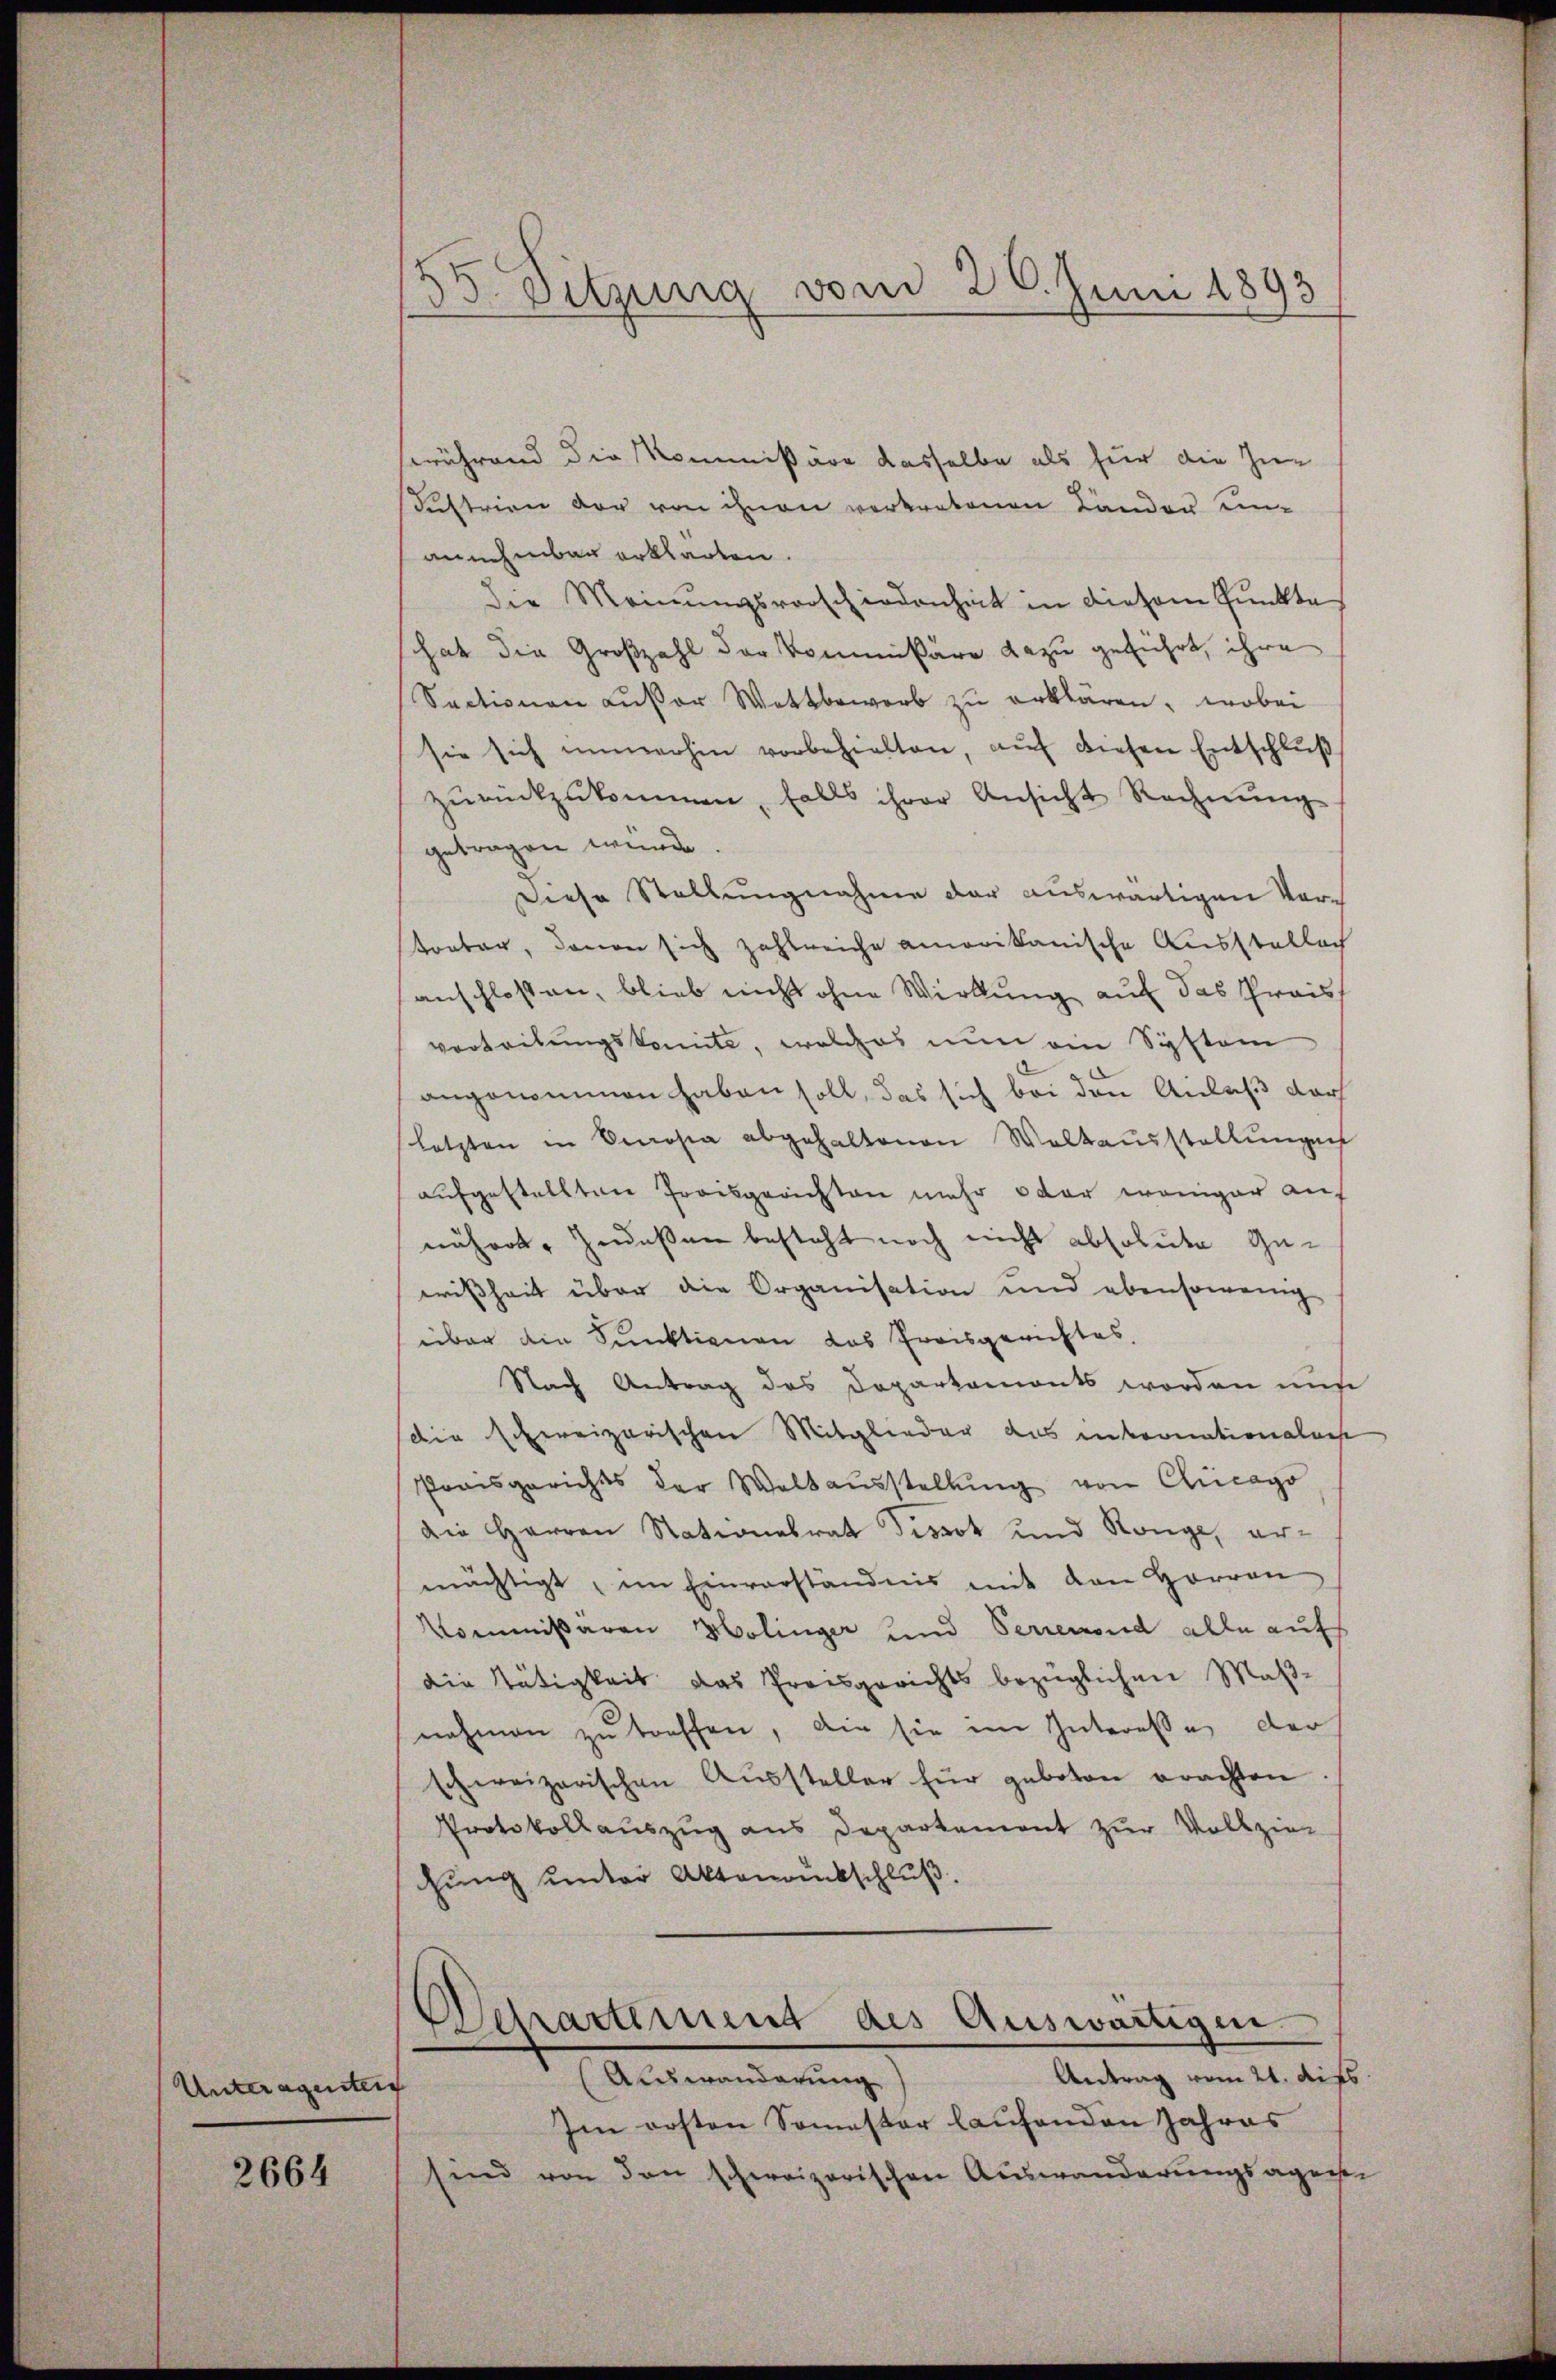
Unteragenten

2664

55. Sitzung von 20. Juni 1893

brührend die Kommissäre dasselbe als für die Zu-
Sustrien der von ihnen vertretenen Länder unannehmbar erklärten.
Die Meinungsvorschiedenheit in diesem Punkte
hat die Großzahl der Kommißäre dazu geführt, ihre
Sectionen ausser Wettbewerb zu erklären, wobei
sie sich immerhin vorbehielten, auf diesen Entschluß
zŭrückzukommen, falls ihrer Ansicht Rechnŭng
getragen würde.
Diese Stellungnahme der auswärtigen Vor¬
Kontor, davon sich zahlreiche amovikanische Ausstellach
anschloßen, blieb nicht ohne Wirkung auf das Preisvertretungskomite, welches nun ein System
angenommen haben soll, das sich bei den Anlaß darf
(letzten in Serosia abgehaltenen Waltausstellungen
aufgestellten Preisgerichten mehr oder weniger auf
nähert, Zedeßen besteht noch nicht absolute Gewißheit über die Organisation und ebensowenig
über die Funktionen das Preisgerichtes,
Nach Antrag des Departemonts worden nur
die Eckereizerischen Mitglieder das internationalans
Preisgerichts der Waltaŭsstellŭng von Chicago
Die Herren Nationalrat Pissot und Ronge, ermächtigt, im Einverständnis mit den Herren
Kommissären Holinger und Serienend alle aufs
die Tätigkeit das Preisgerichts bezüglichen Maßnehmen zu treffen, die sie im Interesse der
schweizerischen Aussteller für geboten erachten
Protokollauszug aus Departement zur Vollziehung unter Aktenantschluß.
Separtement des Auswärtigen.
Antrag vom 21. Aufs
Auswanderung
Im ersten Somester laufenden Jahres
sind von den schweizerischen Auswanderungsagenste